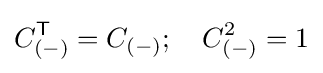
C_{(-)}^{\textsf {T}}=C_{(-)};~~~C_{(-)}^{2}=1